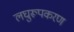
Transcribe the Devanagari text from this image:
लघुरूपकरण